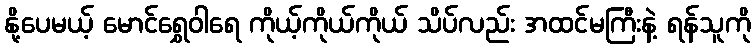
နို့ပေမယ့် မောင်ရွှေဝါရေ ကိုယ့်ကိုယ်ကိုယ် သိပ်လည်း အထင်မကြီးနဲ့ ရန်သူကို